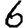
Digit: 6